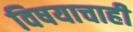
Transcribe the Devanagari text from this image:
विषयाचाही